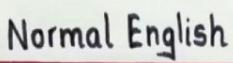
Normal English